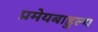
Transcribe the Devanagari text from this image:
प्रमेयबाहुल्य